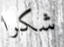
شكرا